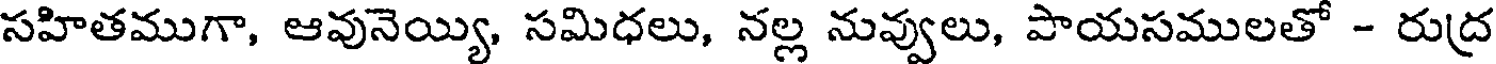
సహితముగా, ఆవునెయ్యి, సమిధలు, నల్ల నువ్వులు, పాయసములతో - రుద్ర